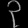
Digit: ၃